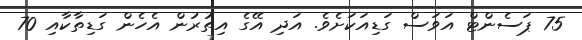
75 ޕަސެންޓް އަވަސް ގަޑިއަކަށެވެ. އަދި އޭގެ އިތުރުން އެހެން ގަޑިތާކާއި 70